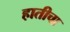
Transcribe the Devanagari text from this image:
हातीचा